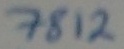
Text: 7812